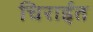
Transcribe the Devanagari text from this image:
चिराईत